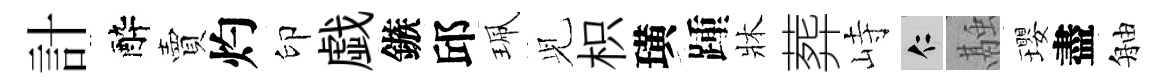
計醉賣灼印戯鏃邱珮𫤗枳璜踵牀葬峙仁融瓔盡舳